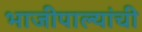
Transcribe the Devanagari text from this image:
भाजीपाल्यांची